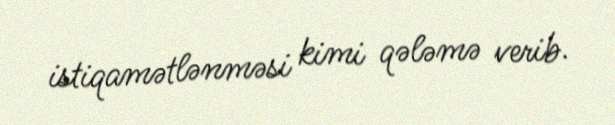
istiqamətlənməsi kimi qələmə verib.